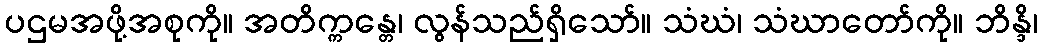
ပဌမအဖို့အစုကို။ အတိက္ကန္တေ၊ လွန်သည်ရှိသော်။ သံဃံ၊ သံဃာတော်ကို။ ဘိန္ဒိ၊